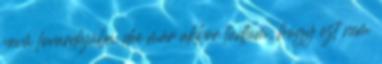
nevű lovardájába. dee már akkor tudtam, hogy ezt nem